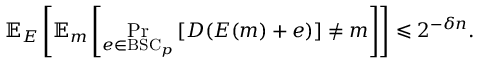
\mathbb { E } _ { E } \left[ \mathbb { E } _ { m } \left[ \operatorname* { P r } _ { e \in { \mathrm { B S C } } _ { p } } \left[ D ( E ( m ) + e ) \right] \neq m \right] \right] \leqslant 2 ^ { - \delta n } .